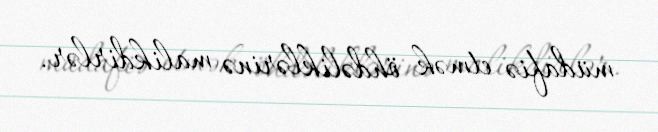
müdafiə etmək öhdəliklərinə malikdirlər.